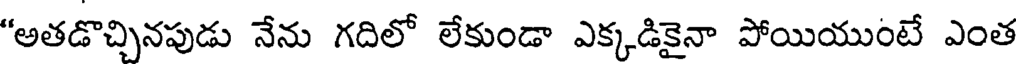
"అతడొచ్చినపుడు నేను గదిలో లేకుండా ఎక్కడికైనా పోయియుంటే ఎంత